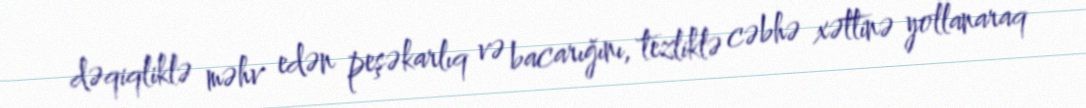
dəqiqliklə məhv edən peşəkarlıq və bacarığını, tezliklə cəbhə xəttinə yollanaraq